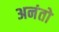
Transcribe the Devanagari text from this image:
अनंतो